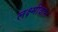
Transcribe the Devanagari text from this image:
लक्ष्मीवान